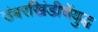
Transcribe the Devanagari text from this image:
उंबरखिंडीचेंयुद्ध